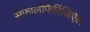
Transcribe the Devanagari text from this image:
सेफालोफैरिंजिऐल